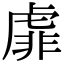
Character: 𧇁